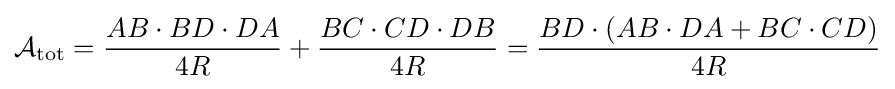
{\mathcal {A}}_{\text{tot}}={\frac {AB\cdot BD\cdot DA}{4R}}+{\frac {BC\cdot CD\cdot DB}{4R}}={\frac {BD\cdot (AB\cdot DA+BC\cdot CD)}{4R}}